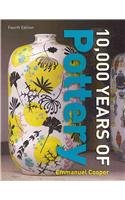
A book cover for Ten Thousand Years of Pottery; Emmanuel Cooper; Arts & Photography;